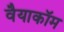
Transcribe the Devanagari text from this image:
वैयाकॉम